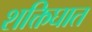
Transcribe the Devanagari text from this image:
शक्तिघात